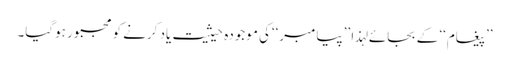
’’پیغام‘‘ کے بجائے لہذا ’’پیامبر‘‘کی موجودہ حیثیت یاد کرنے کو مجبور ہوگیا۔